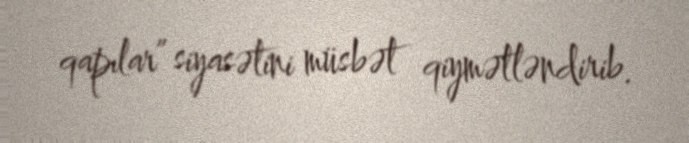
qapılar” siyasətini müsbət qiymətləndirib.